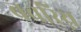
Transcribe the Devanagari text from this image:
बवरिय्न